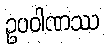
ဥပဝါဏဿ